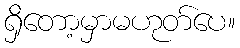
ရှိတော့မှာမဟုတ်ပေ။